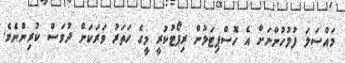
މައްސަލަ ފުލުހުންނަށް އެ ހޮސްޕިޓަލުން ރިޕޯޓުކުރީ މީގެ ހަތަރު ވަރަކަށް ދުވަސް ކުރިންނެވެ.